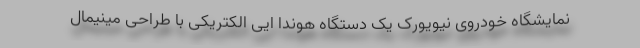
نمایشگاه خودروی نیویورک یک دستگاه هوندا ایی الکتریکی با طراحی مینیمال